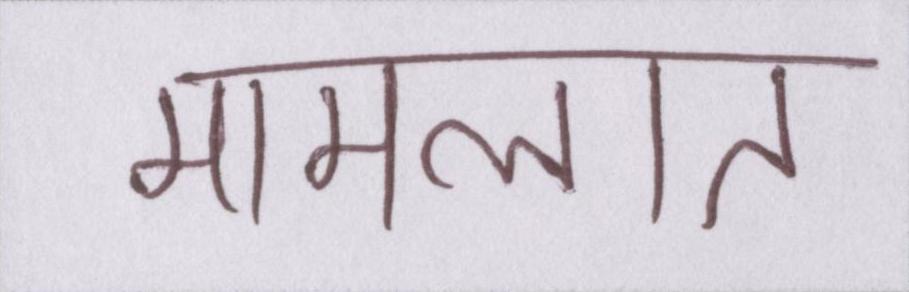
मामलात